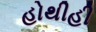
હોથીહી